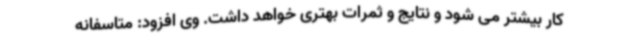
کار بیشتر می شود و نتایج و ثمرات بهتری خواهد داشت. وی افزود: متاسفانه